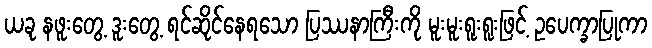
ယခု နဖူးတွေ့ ဒူးတွေ့ ရင်ဆိုင်နေရသော ပြဿနာကြီးကို မူးမူးရူးရူးဖြင့် ဥပေက္ခာပြုကာ